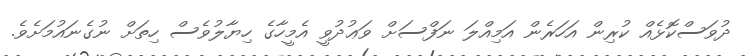
ދުވަސްކޮޅެއް ކުރިން އަހަރެން އަމިއްލަ ނަފްސަށް ވަޢުދުވީ އެމީހާގެ ހިޔާލުވެސް ހިތަށް ނުގެނައުމަށެވެ.